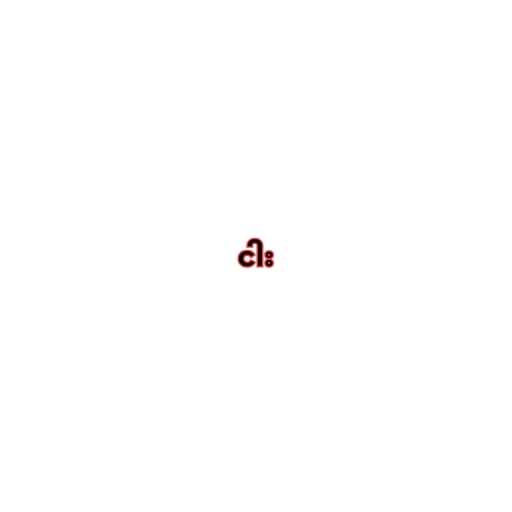
ငါး